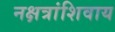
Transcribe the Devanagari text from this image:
नक्षत्रांशिवाय